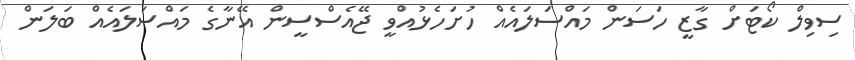
ސިވިލް ކޯޓަށް ގާޒީ ހަސަން މައްސަަލައެއް ހުށަހެޅުއްވީ ޖޭއެސްސީން އޭނާގެ މައްސަލައެއް ބަލަން